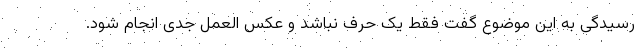
رسیدگی به این موضوع گفت فقط یک حرف نباشد و عکس العمل جدی انجام شود.